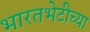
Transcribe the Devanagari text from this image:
भारतभेटीच्या